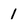
Character: 1